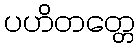
ပဟိတတ္တေ